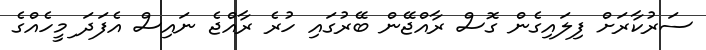
ސަރުކާރަށް ފިލައިގެން ގޮސް ރާއްޖޭން ބޭރުގައި ހުރެ ރާއްޖެ ނައިސް އެފަދަ ިމީހެއްގެ